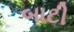
બાટી